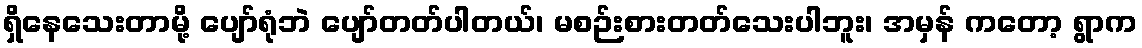
ရှိနေသေးတာမို့ ပျော်ရုံဘဲ ပျော်တတ်ပါတယ်၊ မစဉ်းစားတတ်သေးပါဘူး၊ အမှန် ကတော့ ရွာက